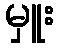
မှူး